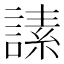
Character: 䛾